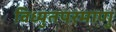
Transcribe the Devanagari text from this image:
विध्युतपरमाणु